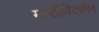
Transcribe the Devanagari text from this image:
मल्टीविटामिन